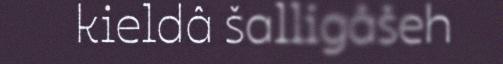
kieldâ šalligâšeh